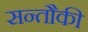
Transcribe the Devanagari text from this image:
सन्तौकी